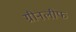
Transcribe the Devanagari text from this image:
ग्रीनलीफ